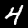
Label: 4